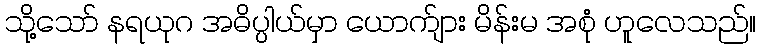
သို့သော် နရယုဂ အဓိပ္ပါယ်မှာ ယောက်ျား မိန်းမ အစုံ ဟူလေသည်။